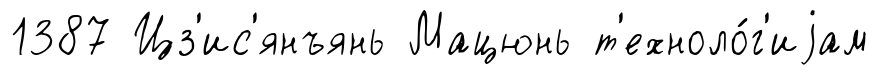
1387 Цз'ис'янъянь Мацюнь т'ехноло́г'иjам